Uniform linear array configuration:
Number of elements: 48
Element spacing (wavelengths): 0.75
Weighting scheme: exponential
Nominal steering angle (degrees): -15
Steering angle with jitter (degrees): -15.8
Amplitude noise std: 0.05
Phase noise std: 0.05

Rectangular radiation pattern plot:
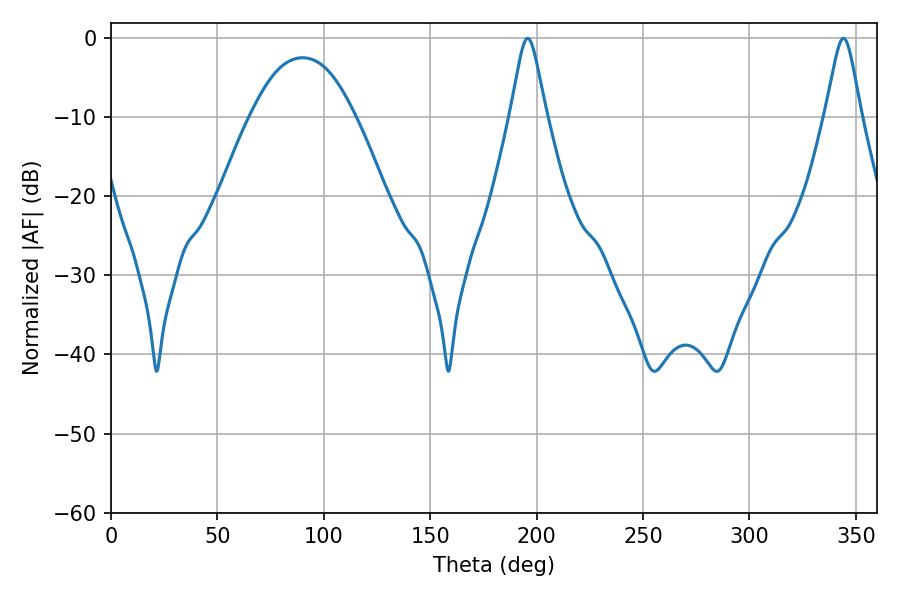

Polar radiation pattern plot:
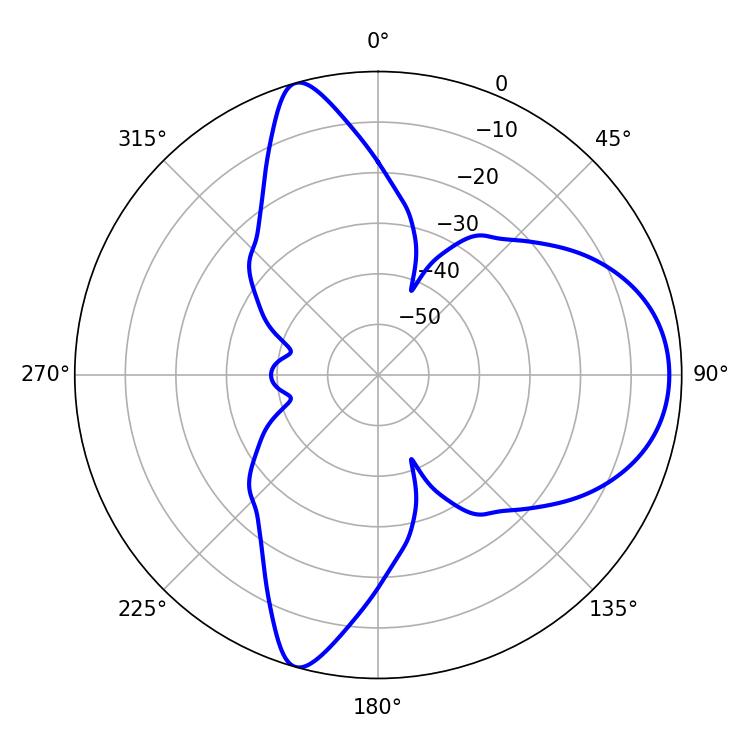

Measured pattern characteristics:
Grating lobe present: TRUE
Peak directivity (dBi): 9.268
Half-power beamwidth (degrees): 7.92
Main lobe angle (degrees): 195.84